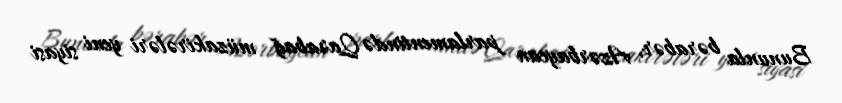
Bununla bərabər, Azərbaycan parlamentində Qarabağ müzakirələri yeni siyasi